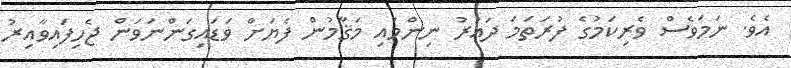
އެވެ. ނަމަވެސް ވެރިކަމުގެ ފުރަތަމަ ދައުރު ނިންމައި މަޤާމުން ފެޔަށް ވަޑައިގަންނަވަން ޖެހިފައިވާއިރު